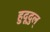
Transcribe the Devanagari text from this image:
हुदूदुल्